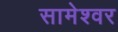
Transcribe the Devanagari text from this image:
सामेश्वर